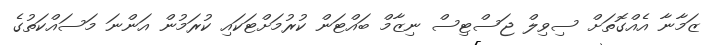
ޒަމާނާ އެއްގޮތަށް ސިވިލް ޖަސްޓިސް ނިޒާމް ބައްޓަން ކުރުމަށްޓަކައި ކުރަމުން އަންނަ މަސައްކަތުގެ